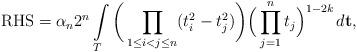
LaTeX: \begin{align*} {\rm RHS}=\alpha_n2^n\int\limits_T\bigg(\prod_{1\leq i<j\leq n}(t_i^2-t_j^2)\bigg)\Big(\prod_{j=1}^nt_j\Big)^{1-2k}\,d\mathbf{t},\end{align*}